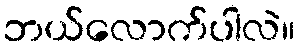
ဘယ်လောက်ပါလဲ။